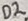
Text: D2